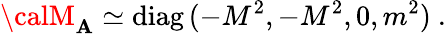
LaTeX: {\calM}_{\mathbf{A}}\simeq\mathrm{{diag}}\, (-M^{2},-M^{2},0,m^{2})\ .